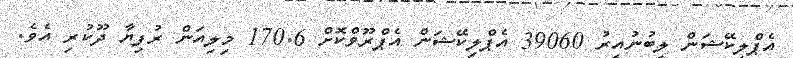
އެޕްލިކޭޝަން ލިބުނުއިރު 39060 އެޕްލިކޭޝަން އެޕްރޫވްކޮށް 170.6 މިލިއަން ރުފިޔާ ދޫކުރި އެވެ.